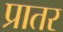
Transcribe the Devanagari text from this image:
प्रातर